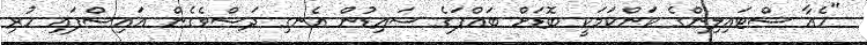
"ހެއާ ސްޓައިލިންގެ ކަންކަމަކީ ބޮޑަށް ބައްޕަގެ ސައިޑުން އެނގި ދަސްވެގެން އައިސްފައި ހުރި